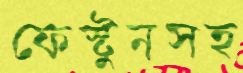
ফেস্টুনসহ